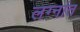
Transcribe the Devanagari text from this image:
लग्नांत